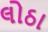
લોઠા